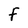
Character: F